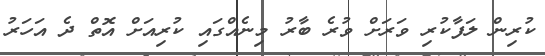
ކުރިން ލަފާކުރި ވަރަށް ވުރެ ބާރު މިނެއްގައި ކުރިއަށް އޮތް ދެ އަހަރު